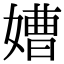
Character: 㜖